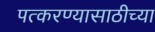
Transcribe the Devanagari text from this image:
पत्करण्यासाठीच्या